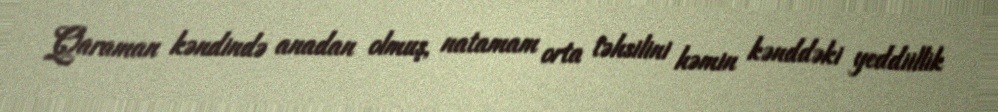
Qaraman kəndində anadan olmuş, natamam orta təhsilini həmin kənddəki yeddiillik